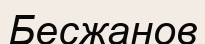
Бесжанов